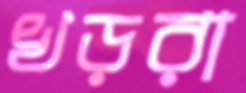
খড়রা